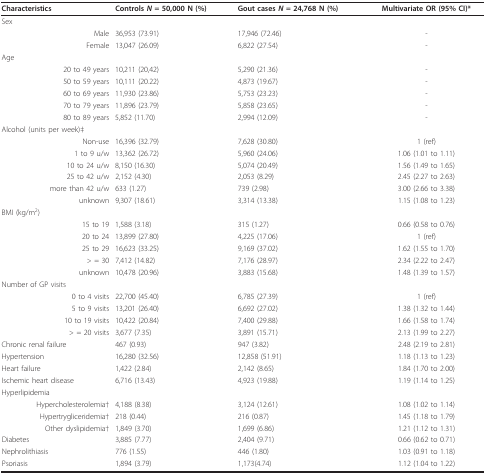
<table><thead><tr><td><b>Characteristics</b></td><td><b>Controls <i>N </i>= 50,000 N (%)</b></td><td><b>Gout cases <i>N </i>= 24,768 N (%)</b></td><td><b>Multivariate OR (95% CI)*</b></td></tr></thead><tbody><tr><td>Sex</td><td></td><td></td><td></td></tr><tr><td>Male</td><td>36,953 (73.91)</td><td>17,946 (72.46)</td><td>-</td></tr><tr><td>Female</td><td>13,047 (26.09)</td><td>6,822 (27.54)</td><td>-</td></tr><tr><td>Age</td><td></td><td></td><td></td></tr><tr><td>20 to 49 years</td><td>10,211 (20,42)</td><td>5,290 (21.36)</td><td>-</td></tr><tr><td>50 to 59 years</td><td>10,111 (20.22)</td><td>4,873 (19.67)</td><td>-</td></tr><tr><td>60 to 69 years</td><td>11,930 (23.86)</td><td>5,753 (23.23)</td><td>-</td></tr><tr><td>70 to 79 years</td><td>11,896 (23.79)</td><td>5,858 (23.65)</td><td>-</td></tr><tr><td>80 to 89 years</td><td>5,852 (11.70)</td><td>2,994 (12.09)</td><td>-</td></tr><tr><td>Alcohol (units per week)‡</td><td></td><td></td><td></td></tr><tr><td>Non-use</td><td>16,396 (32.79)</td><td>7,628 (30.80)</td><td>1 (ref)</td></tr><tr><td>1 to 9 u/w</td><td>13,362 (26.72)</td><td>5,960 (24.06)</td><td>1.06 (1.01 to 1.11)</td></tr><tr><td>10 to 24 u/w</td><td>8,150 (16.30)</td><td>5,074 (20.49)</td><td>1.56 (1.49 to 1.65)</td></tr><tr><td>25 to 42 u/w</td><td>2,152 (4.30)</td><td>2,053 (8.29)</td><td>2.45 (2.27 to 2.63)</td></tr><tr><td>more than 42 u/w</td><td>633 (1.27)</td><td>739 (2.98)</td><td>3.00 (2.66 to 3.38)</td></tr><tr><td>unknown</td><td>9,307 (18.61)</td><td>3,314 (13.38)</td><td>1.15 (1.08 to 1.23)</td></tr><tr><td>BMI (kg/m<sup>2</sup>)</td><td></td><td></td><td></td></tr><tr><td>15 to 19</td><td>1,588 (3.18)</td><td>315 (1.27)</td><td>0.66 (0.58 to 0.76)</td></tr><tr><td>20 to 24</td><td>13,899 (27.80)</td><td>4,225 (17.06)</td><td>1 (ref)</td></tr><tr><td>25 to 29</td><td>16,623 (33.25)</td><td>9,169 (37.02)</td><td>1.62 (1.55 to 1.70)</td></tr><tr><td>&gt; = 30</td><td>7,412 (14.82)</td><td>7,176 (28.97)</td><td>2.34 (2.22 to 2.47)</td></tr><tr><td>unknown</td><td>10,478 (20.96)</td><td>3,883 (15.68)</td><td>1.48 (1.39 to 1.57)</td></tr><tr><td>Number of GP visits</td><td></td><td></td><td></td></tr><tr><td>0 to 4 visits</td><td>22,700 (45.40)</td><td>6,785 (27.39)</td><td>1 (ref)</td></tr><tr><td>5 to 9 visits</td><td>13,201 (26.40)</td><td>6,692 (27.02)</td><td>1.38 (1.32 to 1.44)</td></tr><tr><td>10 to 19 visits</td><td>10,422 (20.84)</td><td>7,400 (29.88)</td><td>1.66 (1.58 to 1.74)</td></tr><tr><td>&gt; = 20 visits</td><td>3,677 (7.35)</td><td>3,891 (15.71)</td><td>2.13 (1.99 to 2.27)</td></tr><tr><td>Chronic renal failure</td><td>467 (0.93)</td><td>947 (3.82)</td><td>2.48 (2.19 to 2.81)</td></tr><tr><td>Hypertension</td><td>16,280 (32.56)</td><td>12,858 (51.91)</td><td>1.18 (1.13 to 1.23)</td></tr><tr><td>Heart failure</td><td>1,422 (2.84)</td><td>2,142 (8.65)</td><td>1.84 (1.70 to 2.00)</td></tr><tr><td>Ischemic heart disease</td><td>6,716 (13.43)</td><td>4,923 (19.88)</td><td>1.19 (1.14 to 1.25)</td></tr><tr><td>Hyperlipidemia</td><td></td><td></td><td></td></tr><tr><td>Hypercholesterolemia†</td><td>4,188 (8.38)</td><td>3,124 (12.61)</td><td>1.08 (1.02 to 1.14)</td></tr><tr><td>Hypertrygliceridemia†</td><td>218 (0.44)</td><td>216 (0.87)</td><td>1.45 (1.18 to 1.79)</td></tr><tr><td>Other dyslipidemia†</td><td>1,849 (3.70)</td><td>1,699 (6.86)</td><td>1.21 (1.12 to 1.31)</td></tr><tr><td>Diabetes</td><td>3,885 (7.77)</td><td>2,404 (9.71)</td><td>0.66 (0.62 to 0.71)</td></tr><tr><td>Nephrolithiasis</td><td>776 (1.55)</td><td>446 (1.80)</td><td>1.03 (0.91 to 1.18)</td></tr><tr><td>Psoriasis</td><td>1,894 (3.79)</td><td>1,173(4.74)</td><td>1.12 (1.04 to 1.22)</td></tr></tbody></table>